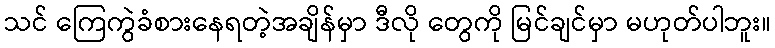
သင် ကြေကွဲခံစားနေရတဲ့အချိန်မှာ ဒီလို တွေကို မြင်ချင်မှာ မဟုတ်ပါဘူး။